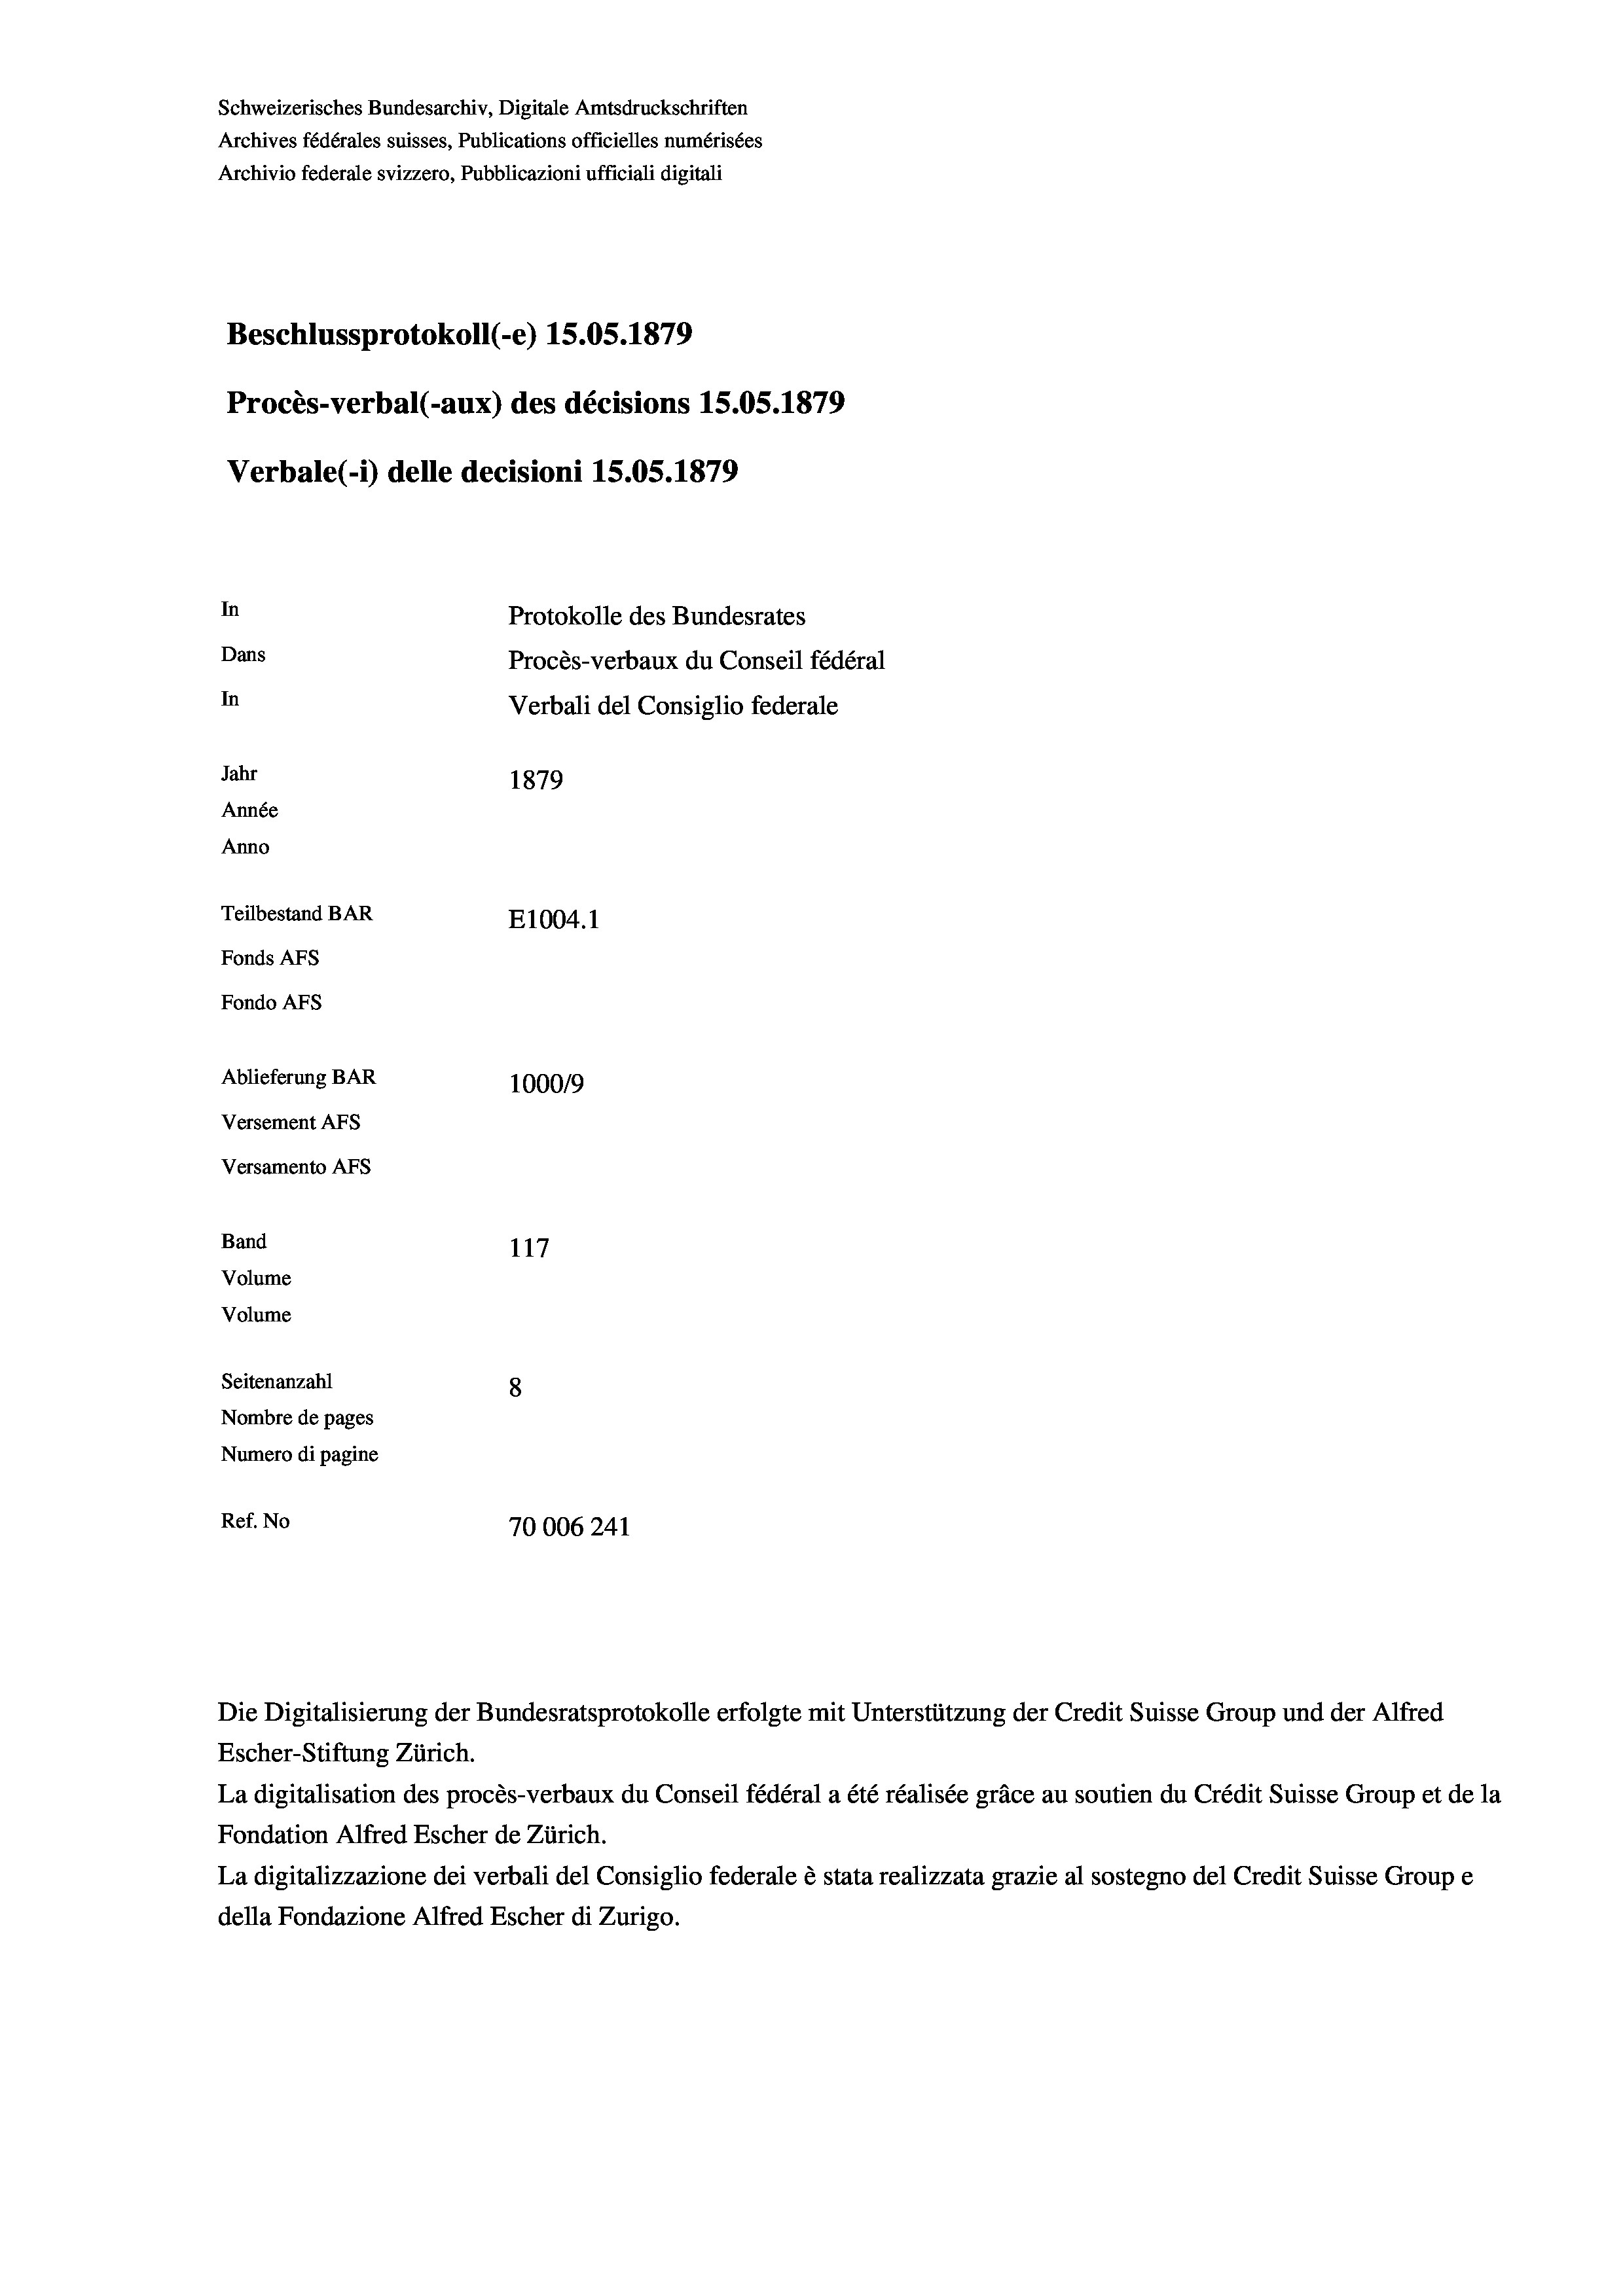
Schweizerisches Bundesarchiv, Digitale Amtsdruckschriften
Archives fédérales suisses, Publications officielles numérisées
Archivio federale svizzero, Pubblicazioni ufficiali digitali
Beschlussprotokoll (e) 15.05. 1879
Procès-verbal (-aux) des décisions 1S.0S.1879
Verbale (- 1) delle decisioni 15.05. 1879
In
Protokolle des Bundesrates
Dans
Procès-verbaux du Conseil fédéral
In
Verbali del Consiglio federale
Jahr
1879
Année
Anno
Teilbestand BAR
E1004. 1
Fonds AFs
Fondo AFs
Ablieferung BAR
100019
Versement AFS
Versamento AFs
Band
117
Volume
Volume

Seitenanzahl
8
Nombre de pages
Numero di pagine
Ref. No
70006241

Escher-Stiftung Zürich.
La digitalisation des procès-verbaux du Conseil fédéral a été réalisée gräce au soutien du Crédit Suisse Group et de la
Fondation Alfred Escher de Zürich.
La digitalizzazione dei verbali del Consiglio federale è stata realizzata grazie al sostegno del Credit Suisse Groupe
della Fondazione Alfred Escher di Zurigo.

Die Digitalisierung der Bundesratsprotokolle erfolgte mit Unterstützung der Credit Suisse Group und der Alfred